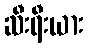
ဆီးရီးယား